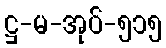
ဋ္ဌ-မ-အုပ်-၅၁၅